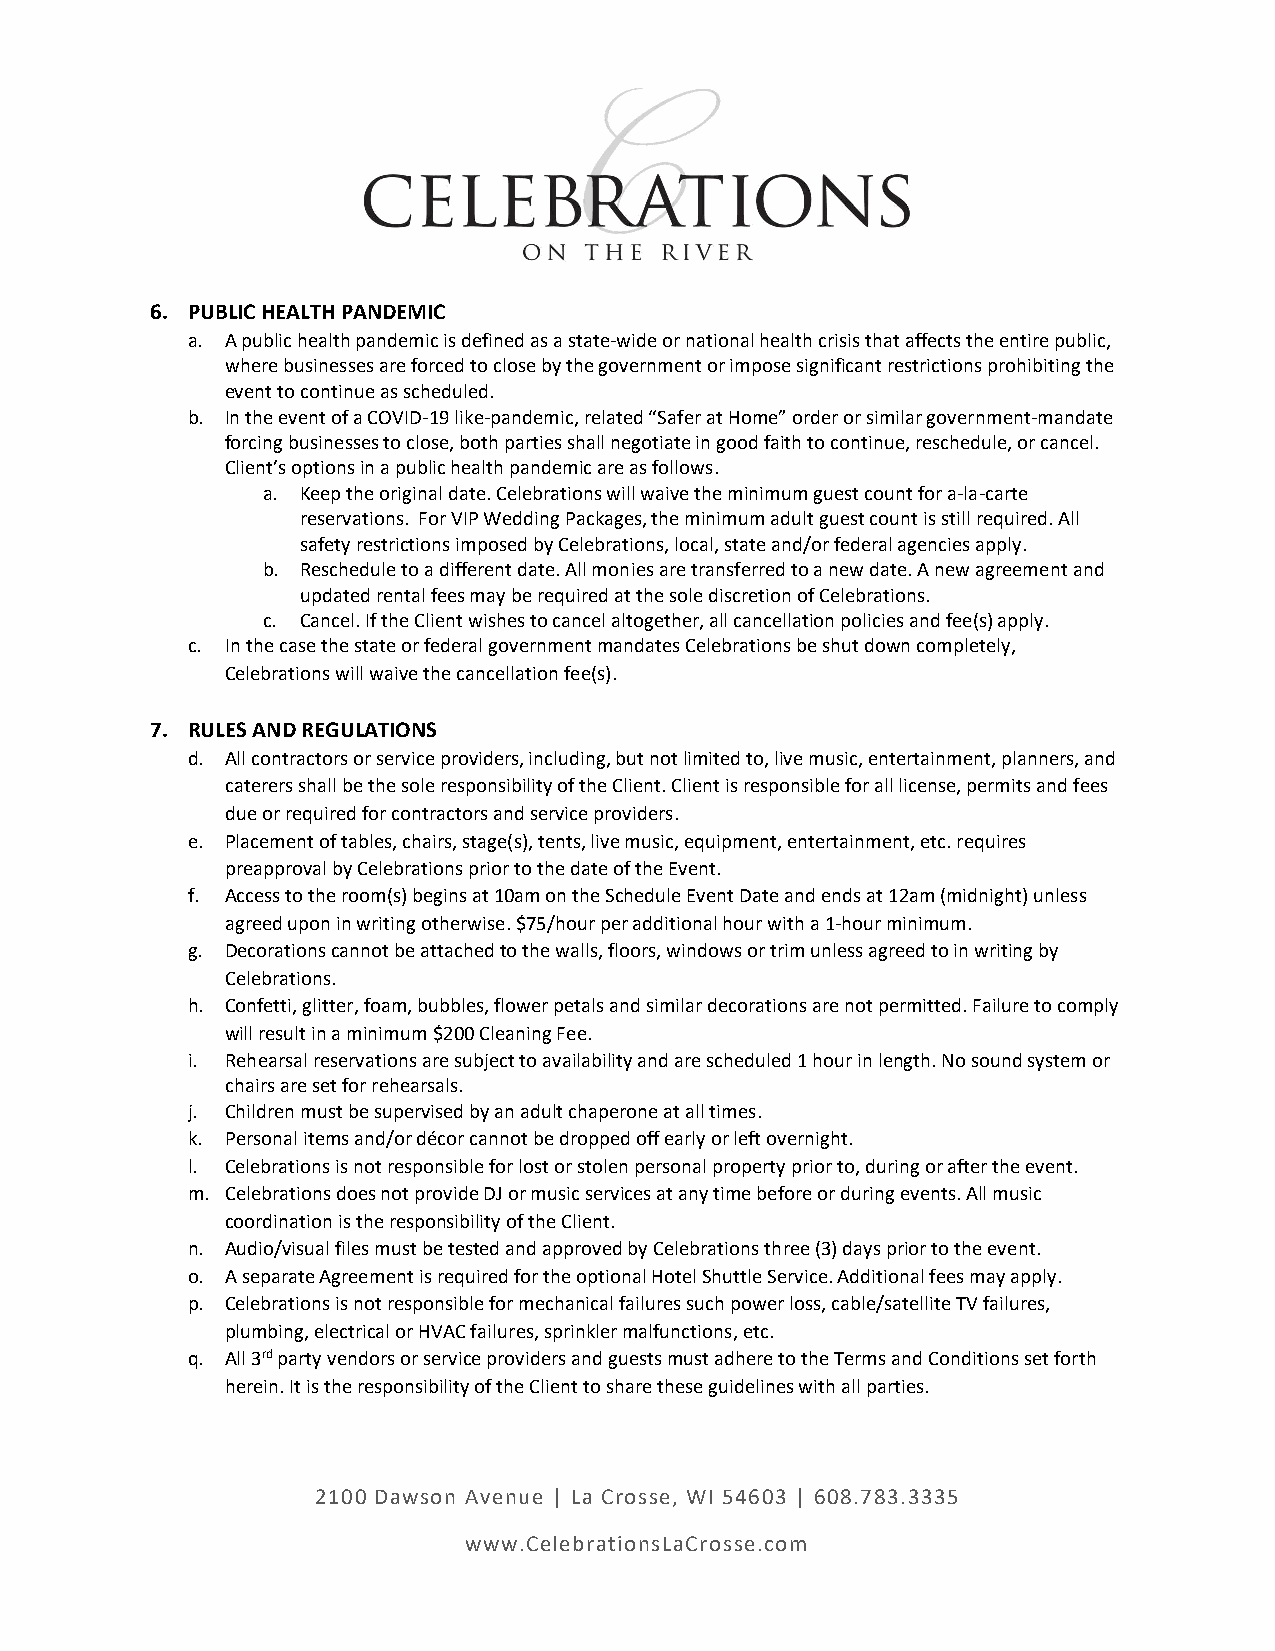
6. PUBLIC HEALTH PANDEMIC
 a. A public health pandemic is defined as a state-wide or national health crisis that affects the entire public,
 where businesses are forced to close by the government or impose significant restrictions prohibiting the
 event to continue as scheduled.
 b. In the event of a COVID-19 like-pandemic, related “Safer at Home” order or similar government-mandate
 forcing businesses to close, both parties shall negotiate in good faith to continue, reschedule, or cancel.
 Client’s options in a public health pandemic are as follows.
 a. Keep the original date. Celebrations will waive the minimum guest count for a-la-carte
 reservations. For VIP Wedding Packages, the minimum adult guest count is still required. All
 safety restrictions imposed by Celebrations, local, state and/or federal agencies apply.
 b. Reschedule to a different date. All monies are transferred to a new date. A new agreement and
 updated rental fees may be required at the sole discretion of Celebrations.
 c. Cancel. If the Client wishes to cancel altogether, all cancellation policies and fee(s) apply.
 c. In the case the state or federal government mandates Celebrations be shut down completely,
 Celebrations will waive the cancellation fee(s).
 7. RULES AND REGULATIONS
 d. All contractors or service providers, including, but not limited to, live music, entertainment, planners, and
 caterers shall be the sole responsibility of the Client. Client is responsible for all license, permits and fees
 due or required for contractors and service providers.
 e. Placement of tables, chairs, stage(s), tents, live music, equipment, entertainment, etc. requires
 preapproval by Celebrations prior to the date of the Event.
 f. Access to the room(s) begins at 10am on the Schedule Event Date and ends at 12am (midnight) unless
 agreed upon in writing otherwise. $75/hour per additional hour with a 1-hour minimum.
 g. Decorations cannot be attached to the walls, floors, windows or trim unless agreed to in writing by
 Celebrations.
 h. Confetti, glitter, foam, bubbles, flower petals and similar decorations are not permitted. Failure to comply
 will result in a minimum $200 Cleaning Fee.
 i. Rehearsal reservations are subject to availability and are scheduled 1 hour in length. No sound system or
 chairs are set for rehearsals.
 j. Children must be supervised by an adult chaperone at all times.
 k. Personal items and/or décor cannot be dropped off early or left overnight.
 l. Celebrations is not responsible for lost or stolen personal property prior to, during or after the event.
 m. Celebrations does not provide DJ or music services at any time before or during events. All music
 coordination is the responsibility of the Client.
 n. Audio/visual files must be tested and approved by Celebrations three (3) days prior to the event.
 o. A separate Agreement is required for the optional Hotel Shuttle Service. Additional fees may apply.
 p. Celebrations is not responsible for mechanical failures such power loss, cable/satellite TV failures,
 plumbing, electrical or HVAC failures, sprinkler malfunctions, etc.
 q. All 3rd party vendors or service providers and guests must adhere to the Terms and Conditions set forth
 herein. It is the responsibility of the Client to share these guidelines with all parties.
 2100 Dawson Avenue | La Crosse, WI 54603 | 608.783.3335
 www.CelebrationsLaCrosse.com